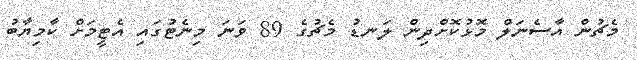
މެޗުން އާސެނަލް މޮޅުކޮށްދިން ލަނޑު މެޗުގެ 89 ވަނަ މިނެޓުގައި އެޓީމަށް ކާމިޔާބު